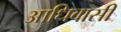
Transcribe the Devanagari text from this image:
आधिवासी